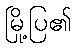
မြို့ပြ၏